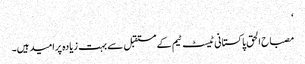
‘
مصباح الحق پاکستانی ٹیسٹ ٹیم کے مستقبل سے بہت زیادہ پرامید ہیں۔